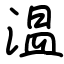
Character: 温